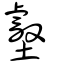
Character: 𡓝